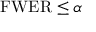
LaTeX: \mathrm { F W E R } \leq \alpha \, \!